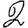
Digit: 2